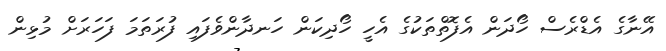
އޭނާގެ އެޑްރެސް ހޯދަން އެފޮތްތަކުގެ އެހީ ހޯދިކަން ހަނދާންވެފައި ފުރަތަމަ ފަހަރަށް މުޅިން